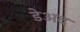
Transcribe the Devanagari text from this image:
डेअद